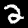
Digit: 2